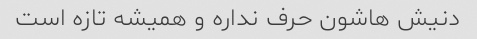
دنیش هاشون حرف نداره و همیشه تازه است